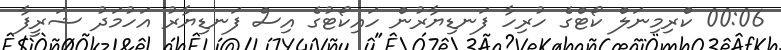
00:06 ކްރިމިނަލް ކޯޓްގެ ހުރިހާ ފަނޑިޔާރުން ހައިކޯޓުގެ އިސް ފަނޑިޔާރު އަހުމަދު ޝަރީފާ